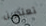
تعتذرين